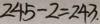
2 4 5 - 2 = 2 4 3 .